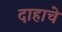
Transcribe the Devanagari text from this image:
दाहाचे